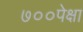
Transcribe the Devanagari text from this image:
७००पेक्षा